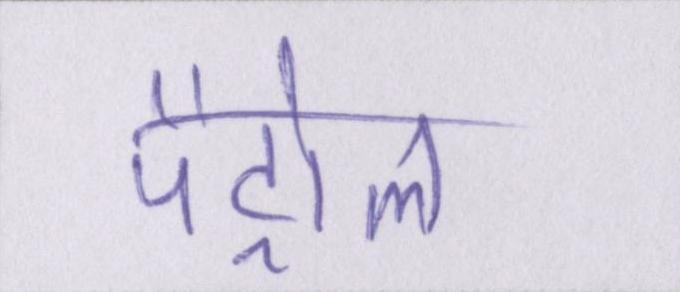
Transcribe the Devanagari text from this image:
पैट्रोल